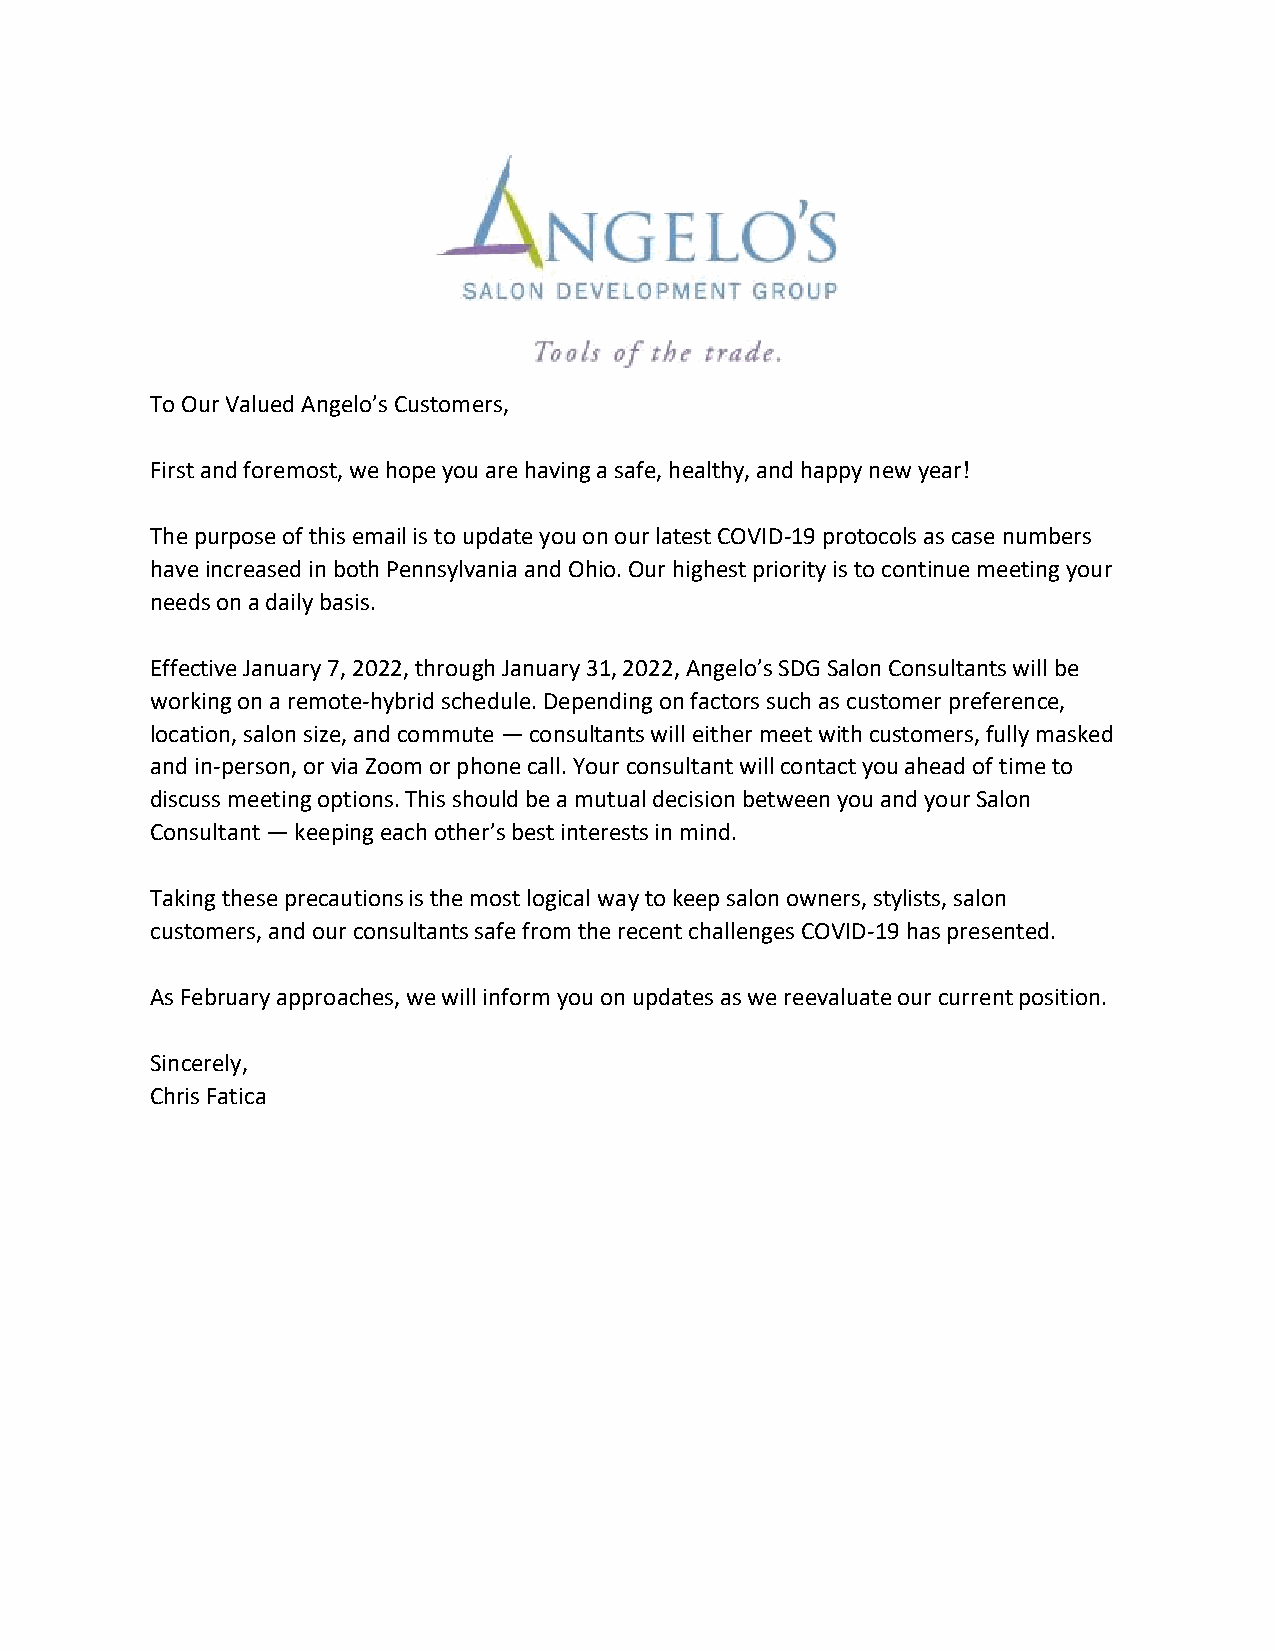
To Our Valued Angelo’s Customers,
 First and foremost, we hope you are having a safe, healthy, and happy new year!
 The purpose of this email is to update you on our latest COVID-19 protocols as case numbers
 have increased in both Pennsylvania and Ohio. Our highest priority is to continue meeting your
 needs on a daily basis.
 Effective January 7, 2022, through January 31, 2022, Angelo’s SDG Salon Consultants will be
 working on a remote-hybrid schedule. Depending on factors such as customer preference,
 location, salon size, and commute — consultants will either meet with customers, fully masked
 and in-person, or via Zoom or phone call. Your consultant will contact you ahead of time to
 discuss meeting options. This should be a mutual decision between you and your Salon
 Consultant — keeping each other’s best interests in mind.
 Taking these precautions is the most logical way to keep salon owners, stylists, salon
 customers, and our consultants safe from the recent challenges COVID-19 has presented.
 As February approaches, we will inform you on updates as we reevaluate our current position.
 Sincerely,
 Chris Fatica